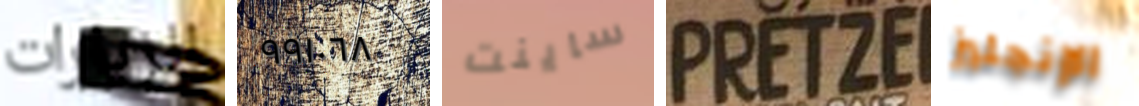
الزيارات ٩٩١٠٦٨ ساينت PRETZEL الإنجليز